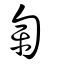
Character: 匉